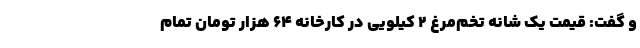
و گفت: قیمت یک شانه تخم‌مرغ ۲ کیلویی در کارخانه ۶۴ هزار تومان تمام